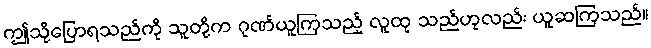
ဤသို့ပြောရသည်ကို သူတို့က ဂုဏ်ယူကြသည့် လူထု သည်ဟုလည်း ယူဆကြသည်။